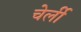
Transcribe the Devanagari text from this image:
चेर्ली